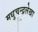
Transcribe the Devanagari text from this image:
मधुचन्द्रलेखा